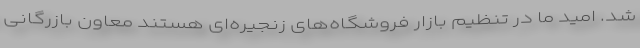
شد. اميد ما در تنظيم بازار فروشگاه‌های زنجيره‌ای هستند معاون بازرگانی